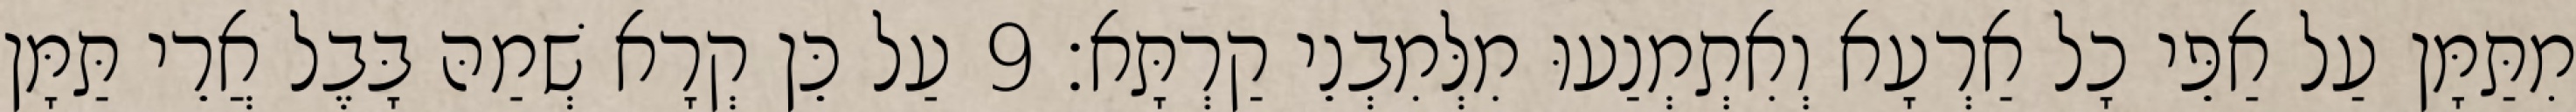
מִתַּמָּן עַל אַפֵּי כָל אַרְעָא וְאִתְמְנַעוּ מִלְּמִבְנֵי קַרְתָּא׃ 9 עַל כֵּן קְרָא שְׁמַהּ בָּבֶל אֲרֵי תַּמָּן